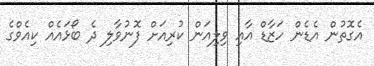
އެގޮތުން އެޑެން ހަޒާޑް އާއި ވިލިއަން ކުރިއަށް ފޮނުވާލި ދެ ބޯޅައެއް ކިއެވްގެ